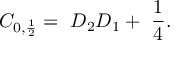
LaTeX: C _ { 0 , \frac { 1 } { 2 } } = \ D _ { 2 } D _ { 1 } + \ \frac { 1 } { 4 } .